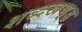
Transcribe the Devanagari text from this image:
शब्दखण़्ड